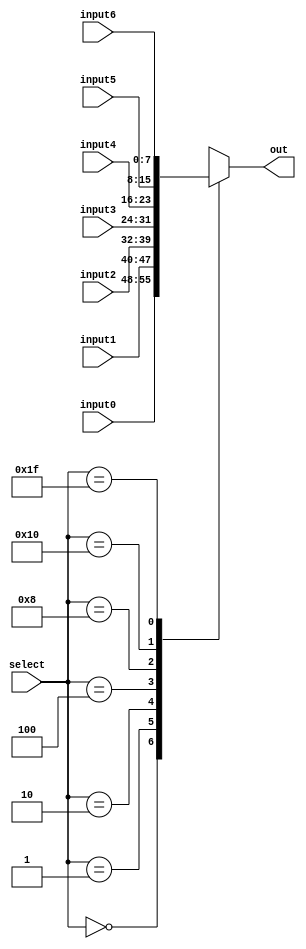
module mux(out, select, input0, input1, input2, input3, input4, input5, input6);
  input[7:0] input0, input1, input2, input3, input4, input5, input6;
  input [4:0] select;
  output [7:0] out;

  reg [7:0] out;

  always @ (input0 or input1 or input2 or input3 or input4 or input5 or input6 or select) 

  begin
    case(select)
      5'b00000 : out = input0; 

      5'b00001 : out = input1; 

      5'b00010 : out = input2; 

      5'b00100 : out = input3; 

      5'b01000 : out = input4; 

      5'b10000 : out = input5; 

      5'b11111 : out = input6; //this is error mode

      default : out = 8'bx;

    endcase
  end
endmodule



module dec_4x16 (d_out, d_in);

   output [15:0] d_out;
   input [3:0]   d_in;
   parameter tmp = 16'b0000_0000_0000_0001;

assign d_out = (d_in == 4'b0000) ? tmp   :
               (d_in == 4'b0001) ? tmp<<1:
               (d_in == 4'b0010) ? tmp<<2:
               (d_in == 4'b0011) ? tmp<<3:
               (d_in == 4'b0100) ? tmp<<4:
               (d_in == 4'b0101) ? tmp<<5:
               (d_in == 4'b0110) ? tmp<<6:
               (d_in == 4'b0111) ? tmp<<7:
               (d_in == 4'b1000) ? tmp<<8:
               (d_in == 4'b1001) ? tmp<<9:
               (d_in == 4'b1010) ? tmp<<10:
               (d_in == 4'b1011) ? tmp<<11:
               (d_in == 4'b1100) ? tmp<<12:
               (d_in == 4'b1101) ? tmp<<13:
               (d_in == 4'b1110) ? tmp<<14:
               (d_in == 4'b1111) ? tmp<<15: 
               16'bxxxx_xxxx_xxxx_xxxx;

endmodule


module reg1 (reset, CLK, D_tank_cleanliness, Q_tank_cleanliness);
  input reset;
  input CLK;
  input [7:0] D_tank_cleanliness;
  output [7:0] Q_tank_cleanliness;
  
  reg [7:0] Q_tank_cleanliness;

always @(posedge CLK or posedge reset) begin
  if (reset) begin
    Q_tank_cleanliness <= 8'b0;
  end else begin
    Q_tank_cleanliness <= D_tank_cleanliness;
  end
end

endmodule

module reg2 (reset, CLK, D_tank_temperature, Q_tank_temperature);
    input reset;
    input CLK;
    input [7:0] D_tank_temperature;
    output [7:0] Q_tank_temperature;
    
    reg [7:0] Q_tank_temperature;

always @(posedge CLK or posedge reset) begin
    if (reset) begin
        Q_tank_temperature <= 8'b0;
    end else begin
        Q_tank_temperature <= D_tank_temperature;
    end
end

endmodule

module reg3 (reset, CLK, D_tank_food_storage, Q_tank_food_storage);
    input reset;
    input CLK;
    input [7:0] D_tank_food_storage;
    output [7:0] Q_tank_food_storage;
    
    reg [7:0] Q_tank_food_storage;

always @(posedge CLK or posedge reset) begin
    if (reset) begin
        Q_tank_food_storage <= 8'b0;
    end else begin
        Q_tank_food_storage <= D_tank_food_storage;
    end
end

endmodule

module reg4 (reset, CLK, D_tank_saltiness, Q_tank_saltiness);
    input reset;
    input CLK;
    input [7:0] D_tank_saltiness;
    output [7:0] Q_tank_saltiness;
    
    reg [7:0] Q_tank_saltiness;

always @(posedge CLK or posedge reset) begin
    if (reset) begin
        Q_tank_saltiness <= 8'b0;
    end else begin
        Q_tank_saltiness <= D_tank_saltiness;
    end
end

endmodule




//----------------------------------------------------------------------------------------------//----------------------------------------------------------------------------------------------//----------------------------------------------------------------------------------------------//----------------------------------------------------------------------------------------------//----------------------------------------------------------------------------------------------//----------------------------------------------------------------------------------------------



module test_bench;
  //DECLARING ALL VARIABLES

  // Decoder 4x16 variables and test function-------------------
    wire [15:0] d_out;
    reg [3:0] d_in;
    reg [4:0] mux_input_0;
    reg [4:0] mux_input_1;
    reg [4:0] mux_input_2;
    reg [4:0] mux_input_3;
    reg [4:0] mux_input_4;
    reg [4:0] mux_input_5;


    dec_4x16 test1 (.d_out(d_out), .d_in(d_in)); 

    // Mux variables and test function-------------------
     reg [4:0] select;

     reg [7:0] input0;

     reg [7:0] input1;

     reg [7:0] input2;

     reg [7:0] input3;

     reg [7:0] input4;

     reg [7:0] input5;

     reg [7:0] input6;


     reg [7:0] reg1_output_clock_0;
     reg [7:0] reg1_output_clock_1;

     reg [7:0] reg2_output_clock_0;
     reg [7:0] reg2_output_clock_1;

     reg [7:0] reg3_output_clock_0;
     reg [7:0] reg3_output_clock_1;

     reg [7:0] reg4_output_clock_0;
     reg [7:0] reg4_output_clock_1;


     wire[7:0] out;

     mux test2(.out(out), .select(select), .input0(input0), .input1(input1), .input2(input2), .input3(input3), .input4(input4), .input5(input5), .input6(input6));


    // Four Register variables and test functions-------------------
    reg reset;
    reg CLK;
    reg [7:0] D_tank_cleanliness;
    reg [7:0] D_tank_temperature;
    reg [7:0] D_tank_food_storage;
    reg [7:0] D_tank_saltiness;

    wire [7:0] Q_tank_cleanliness;
    wire [7:0] Q_tank_temperature;
    wire [7:0] Q_tank_food_storage;
    wire [7:0] Q_tank_saltiness;


    reg1 Reg_tank_cleanliness(.reset(reset), .CLK(CLK), .D_tank_cleanliness(D_tank_cleanliness), .Q_tank_cleanliness(Q_tank_cleanliness));

    reg2 Reg_tank_temperature(.reset(reset), .CLK(CLK), .D_tank_temperature(D_tank_temperature), .Q_tank_temperature(Q_tank_temperature));

    reg3 Reg_tank_food_storage(.reset(reset), .CLK(CLK), .D_tank_food_storage(D_tank_food_storage), .Q_tank_food_storage(Q_tank_food_storage));

    reg4 Reg_tank_saltiness(.reset(reset), .CLK(CLK), .D_tank_saltiness(D_tank_saltiness), .Q_tank_saltiness(Q_tank_saltiness));

    //-------------------------------------------------------------------------------------------


    initial begin
      // 4x16 Decoder TEST
      d_in = 4'b1111;#50;
        mux_input_0 = d_out;
        $display("mux_input_0: %4b", mux_input_0);


      d_in = 4'b0000; #50;
        mux_input_1 = d_out;
        $display("mux_input_1: %4b", mux_input_1);

      d_in = 4'b0001; #50;
          mux_input_2 = d_out;
        $display("mux_input_2: %4b", mux_input_2);

      d_in = 4'b0010; #50;
          mux_input_3 = d_out;
        $display("mux_input_3: %4b", mux_input_3);

      d_in = 4'b0011; #50;
          mux_input_4 = d_out;
        $display("mux_input_4: %4b", mux_input_4);

      d_in = 4'b0100; #50;
          mux_input_5 = d_out;
        $display("mux_input_5: %4b", mux_input_5);

      $display("=====================================");

$display("8 bit Register");
        $display("Register 1: Tank Cleanliness");

        $display("RST|CLK|    D     |     Q");
        reset = 0; 
        CLK = 0; 
        D_tank_cleanliness = 8'b00000000;#50;
        $display(" %0h | %0h | %8b | %8b",reset, CLK, D_tank_cleanliness, Q_tank_cleanliness);  
        reg1_output_clock_0 = Q_tank_cleanliness;

        reset = 0; 
        CLK = 1; 
        D_tank_cleanliness = 8'b00001110;#50;
        $display(" %0h | %0h | %8b | %8b",reset, CLK, D_tank_cleanliness, Q_tank_cleanliness);  
        reg1_output_clock_1 = Q_tank_cleanliness;




        $display("------------------------------------------------");
          $display("Register 2: Tank Temperature");

    $display("RST|CLK|    D     |     Q");
    reset = 0; 
    CLK = 0; 
    D_tank_temperature = 8'b00011100;#50;
        $display(" %0h | %0h | %8b | %8b",reset, CLK, D_tank_temperature, Q_tank_temperature);
        reg2_output_clock_0 = Q_tank_temperature;
    
    reset = 0; 
    CLK = 1; 
    D_tank_temperature = 8'b00011100;#50;
        $display(" %0h | %0h | %8b | %8b",reset, CLK, D_tank_temperature, Q_tank_temperature);  
        reg2_output_clock_1 = Q_tank_temperature;


        $display("------------------------------------------------");
          $display("Register 3: Food Shortage");

    $display("RST|CLK|    D     |     Q");
    reset = 0; 
    CLK = 0; 
    D_tank_food_storage = 8'b00111000;#50;
        $display(" %0h | %0h | %8b | %8b",reset, CLK, D_tank_food_storage, Q_tank_food_storage);  
        reg3_output_clock_0 = Q_tank_food_storage;


    reset = 0; 
    CLK = 1; 
    D_tank_food_storage = 8'b00111000;#50;
        $display(" %0h | %0h | %8b | %8b",reset, CLK, D_tank_food_storage, Q_tank_food_storage);  
        reg3_output_clock_1 = Q_tank_food_storage;
   

        $display("------------------------------------------------");
  $display("Register 4: Tank Saltiness");

    $display("RST|CLK|    D     |     Q");
    reset = 0; 
    CLK = 0; 
    D_tank_saltiness = 8'b01110000;#50;
        $display(" %0h | %0h | %8b | %8b",reset, CLK, D_tank_saltiness, Q_tank_saltiness); 
        reg4_output_clock_0 = Q_tank_saltiness;



    
    reset = 0; 
    CLK = 1; 
    D_tank_saltiness = 8'b01110000;#50;
        $display(" %0h | %0h | %8b | %8b",reset, CLK, D_tank_saltiness, Q_tank_saltiness);  
        reg4_output_clock_1 = Q_tank_saltiness;


      $display("=====================================");

  //input2, input3, input4, input5 have 2 potential values that could be assignmend. For example, input2 = reg1_output_clock_0 OR input2 = reg1_output_clock_1. reg1_output_clock_0 is the output of register with clock = 0 and reg1_output_clock_1 is the output of register with clock = 1

         #100
      input0 = 8'b00000000; //No input
      input1 = 8'b00000010; //Here's where the Counter output should go to
      input2 = reg1_output_clock_0;
      input3 = reg2_output_clock_0;
      input4 = reg3_output_clock_0;
      input5 = reg4_output_clock_0;
      input6 = 8'b00000000;//This is the reset value for mux should go to

          $display("=====================================");
    select = mux_input_0; 
    #50;
    $display("test with mux_input_0: %8b",out);   
    select = mux_input_1; 
    #50;
    $display("test with mux_input_1: %8b",out);
    select = mux_input_2; 
    #50;
    $display("test with mux_input_2: %8b",out);
    select = mux_input_3; 
    #50;
    $display("test with mux_input_3: %8b",out);
    select = mux_input_4; 
    #50;
    $display("test with mux_input_4: %8b",out);
    select = mux_input_5; 
    #50;
    $display("test with mux_input_5: %8b",out);
    end





endmodule